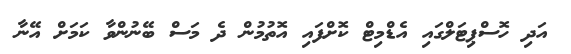
އަދި ހޮސްޕިޓަލްގައި އެޑްމިޓް ކޮށްފައި އޮތުމުން ދެ މަސް ބޭނުންވާ ކަމަށް އޭނާ